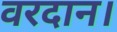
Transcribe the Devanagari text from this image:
वरदान।